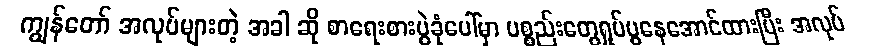
ကျွန်တော် အလုပ်များတဲ့ အခါ ဆို စာရေးစားပွဲခုံပေါ်မှာ ပစ္စည်းတွေရှုပ်ပွနေအောင်ထားပြီး အလုပ်